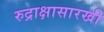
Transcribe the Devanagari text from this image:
रुद्राक्षासारखी